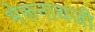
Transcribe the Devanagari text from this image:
भेरूनाथजी